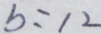
b = 1 2